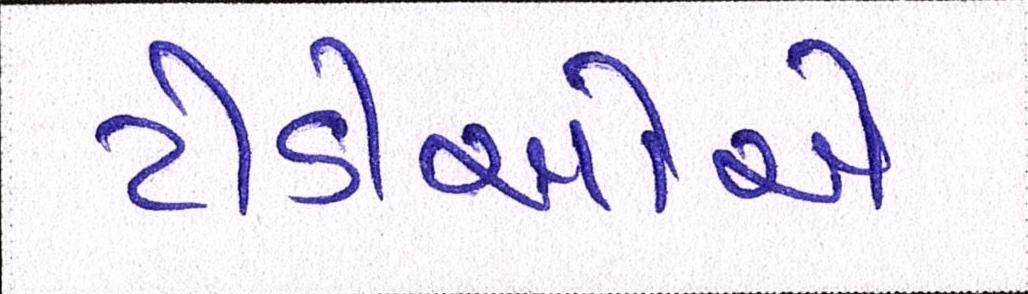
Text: ટીડીઓએ